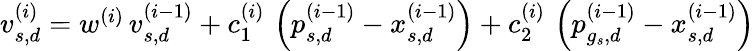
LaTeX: \begin{array}{r}{v_{s,d}^{(i)}=w^{(i)}\, v_{s,d}^{(i-1)}+c_{1}^{(i)}\, \left(p_{s,d}^{(i-1)}-x_{s,d}^{(i-1)}\right)+c_{2}^{(i)}\, \left(p_{g_{s},d}^{(i-1)}-x_{s,d}^{(i-1)}\right)}\end{array}